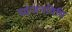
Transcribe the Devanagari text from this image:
व्यंजनविधि